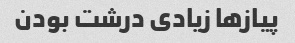
پیاز‌ها زیادی درشت بودن